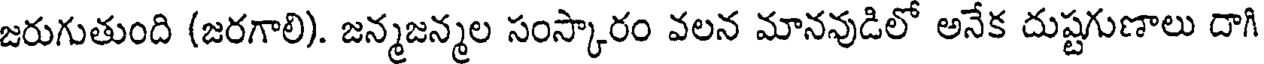
జరుగుతుంది (జరగాలి). జన్మజన్మల సంస్కారం వలన మానవుడిలో అనేక దుష్టగుణాలు దాగి